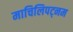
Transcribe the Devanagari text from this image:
माचिलिपट्नम